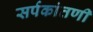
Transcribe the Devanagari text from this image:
सर्पकांतणी